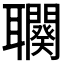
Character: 𦘍